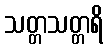
သတ္တသတ္တရိ